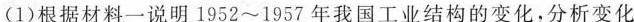
(1)根据材料一说明1952\sim 1957年我国工业结构的变化，分析变化